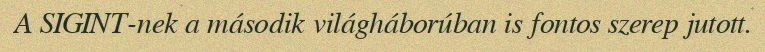
A SIGINT-nek a második világháborúban is fontos szerep jutott.